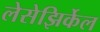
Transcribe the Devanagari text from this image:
लेसेझिर्केल